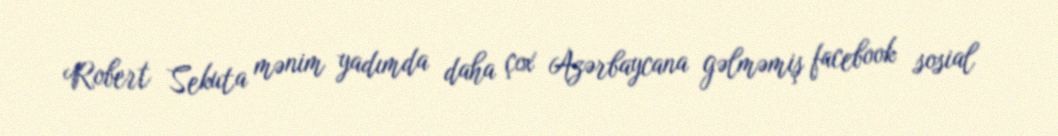
Robert Sekuta mənim yadımda daha çox Azərbaycana gəlməmiş facebook sosial